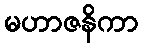
မဟာဇနိကာ